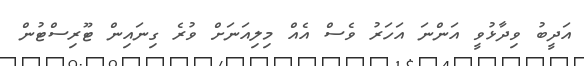
އަދީބު ވިދާޅުވީ އަންނަ އަހަރު ވެސް އެއް މިލިއަނަށް ވުރެ ގިނައިން ޓޫރިސްޓުން